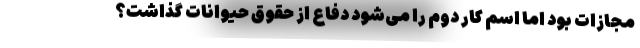
مجازات بود اما اسم کار دوم را می‌شود دفاع از حقوق حیوانات گذاشت؟